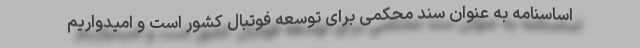
اساسنامه به عنوان سند محکمی برای توسعه فوتبال کشور است و امیدواریم